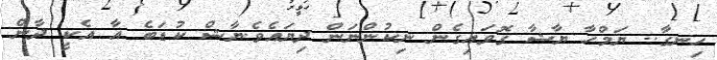
ހިނގާ.. ޔަމްހާ ޔާޝާ ގޮވައިގެން ނިކުންނަން ދިޔައެވެ.ޔާޝް ކުޑަބެ އާ އެކީ ދާން